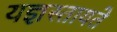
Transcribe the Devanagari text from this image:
यज्ञस्तायते